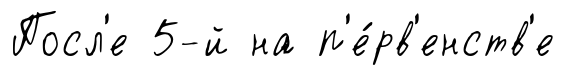
Посл'е 5-й на п'е́рв'енств'е